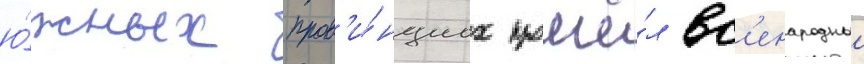
ю́жных пров'и́нциах прошё́л вс'енародныи